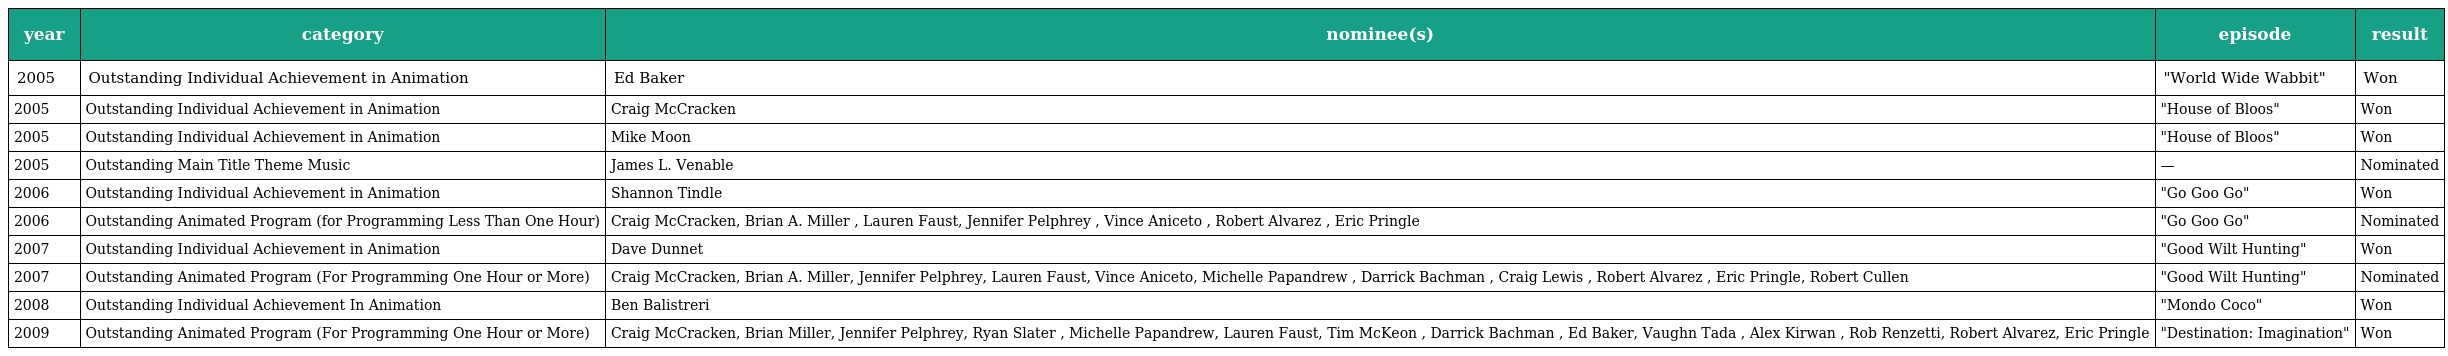
| year | category | nominee(s) | episode | result |
 | --- | --- | --- | --- | --- |
 | 2005 | Outstanding Individual Achievement in Animation | Ed Baker | "World Wide Wabbit" | Won |
 | 2005 | Outstanding Individual Achievement in Animation | Craig McCracken | "House of Bloos" | Won |
 | 2005 | Outstanding Individual Achievement in Animation | Mike Moon | "House of Bloos" | Won |
 | 2005 | Outstanding Main Title Theme Music | James L. Venable | — | Nominated |
 | 2006 | Outstanding Individual Achievement in Animation | Shannon Tindle | "Go Goo Go" | Won |
 | 2006 | Outstanding Animated Program (for Programming Less Than One Hour) | Craig McCracken, Brian A. Miller , Lauren Faust, Jennifer Pelphrey , Vince Aniceto , Robert Alvarez , Eric Pringle | "Go Goo Go" | Nominated |
 | 2007 | Outstanding Individual Achievement in Animation | Dave Dunnet | "Good Wilt Hunting" | Won |
 | 2007 | Outstanding Animated Program (For Programming One Hour or More) | Craig McCracken, Brian A. Miller, Jennifer Pelphrey, Lauren Faust, Vince Aniceto, Michelle Papandrew , Darrick Bachman , Craig Lewis , Robert Alvarez , Eric Pringle, Robert Cullen | "Good Wilt Hunting" | Nominated |
 | 2008 | Outstanding Individual Achievement In Animation | Ben Balistreri | "Mondo Coco" | Won |
 | 2009 | Outstanding Animated Program (For Programming One Hour or More) | Craig McCracken, Brian Miller, Jennifer Pelphrey, Ryan Slater , Michelle Papandrew, Lauren Faust, Tim McKeon , Darrick Bachman , Ed Baker, Vaughn Tada , Alex Kirwan , Rob Renzetti, Robert Alvarez, Eric Pringle | "Destination: Imagination" | Won |